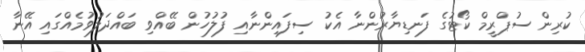
ކުރިން ސުޕްރީމް ކޯޓުގެ ފަނޑިޔާރުންނާ އެކު ސިފައިންނާއި ފުލުހުން ބޭއްވި ބައްދަލުވުމެއްގައި އޭނާ